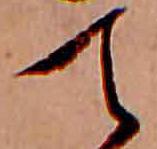
て